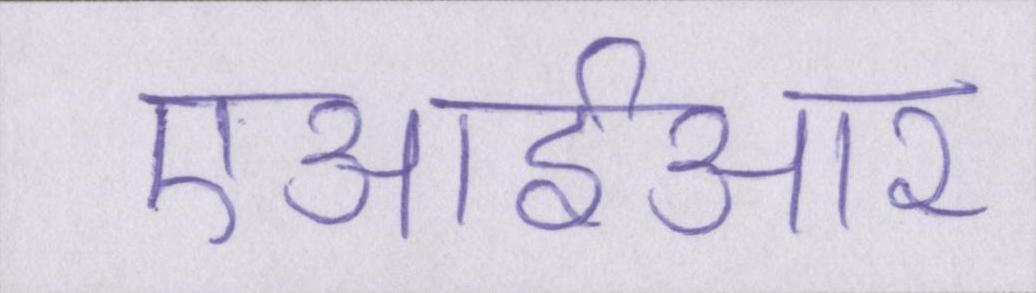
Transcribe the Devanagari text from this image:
एआईआर